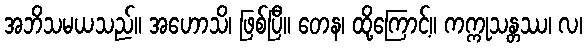
အဘိသမယသည်။ အဟောသိ၊ ဖြစ်ပြီ။ တေန၊ ထို့ကြောင့်။ ကက္ကုသန္တဿ၊ လ၊